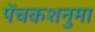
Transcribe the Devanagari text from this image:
पेंचकशनुमा